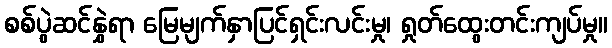
စစ်ပွဲဆင်နွှဲရာ မြေမျက်နှာပြင်ရှင်းလင်းမှု၊ ရှုတ်ထွေးတင်းကျပ်မှု။